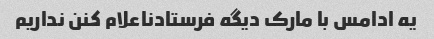
یه ادامس با مارک دیگه فرستادناعلام کنن نداریم